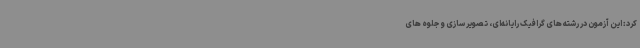
کرد: این آزمون در رشته های گرافیک رایانه‌ای، تصویر سازی و جلوه های